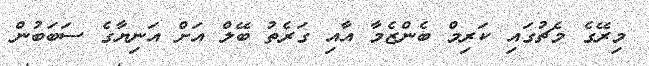
މިރޭގެ މެޗުގައި ކަރިމް ބެންޒެމާ އާއި ގަރެތު ބޭލް އަށް އަނިޔާގެ ސަބަބުން